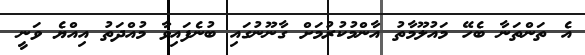
އެ ތަންތަނާ ބެހޭ މައުލޫމާތު އާންމުކުރުމަށް ގާނޫނުގައި ބުނެފައިވާ މުއްދަތު އިއްޔެ ވަނީ